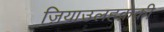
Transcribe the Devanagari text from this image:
ज़ियाउलहक़की